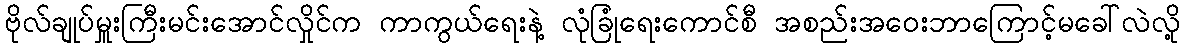
ဗိုလ်ချုပ်မှူးကြီးမင်းအောင်လှိုင်က ကာကွယ်ရေးနဲ့ လုံခြုံရေးကောင်စီ အစည်းအဝေးဘာကြောင့်မခေါ်လဲလို့